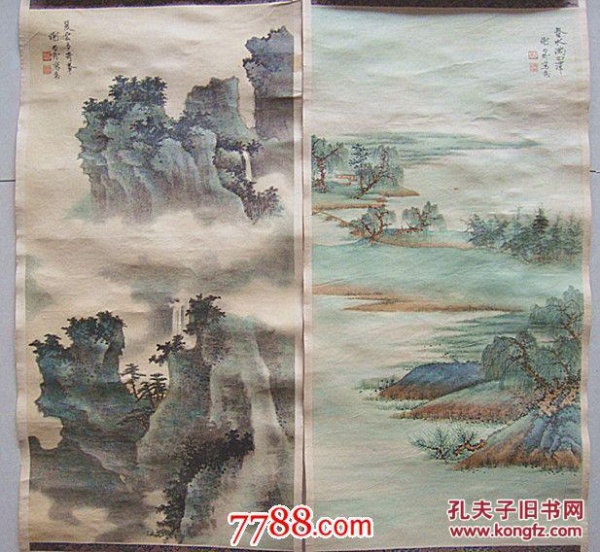
春水满四泽，夏云多奇峰。